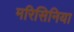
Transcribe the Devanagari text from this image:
मरिसिनिया